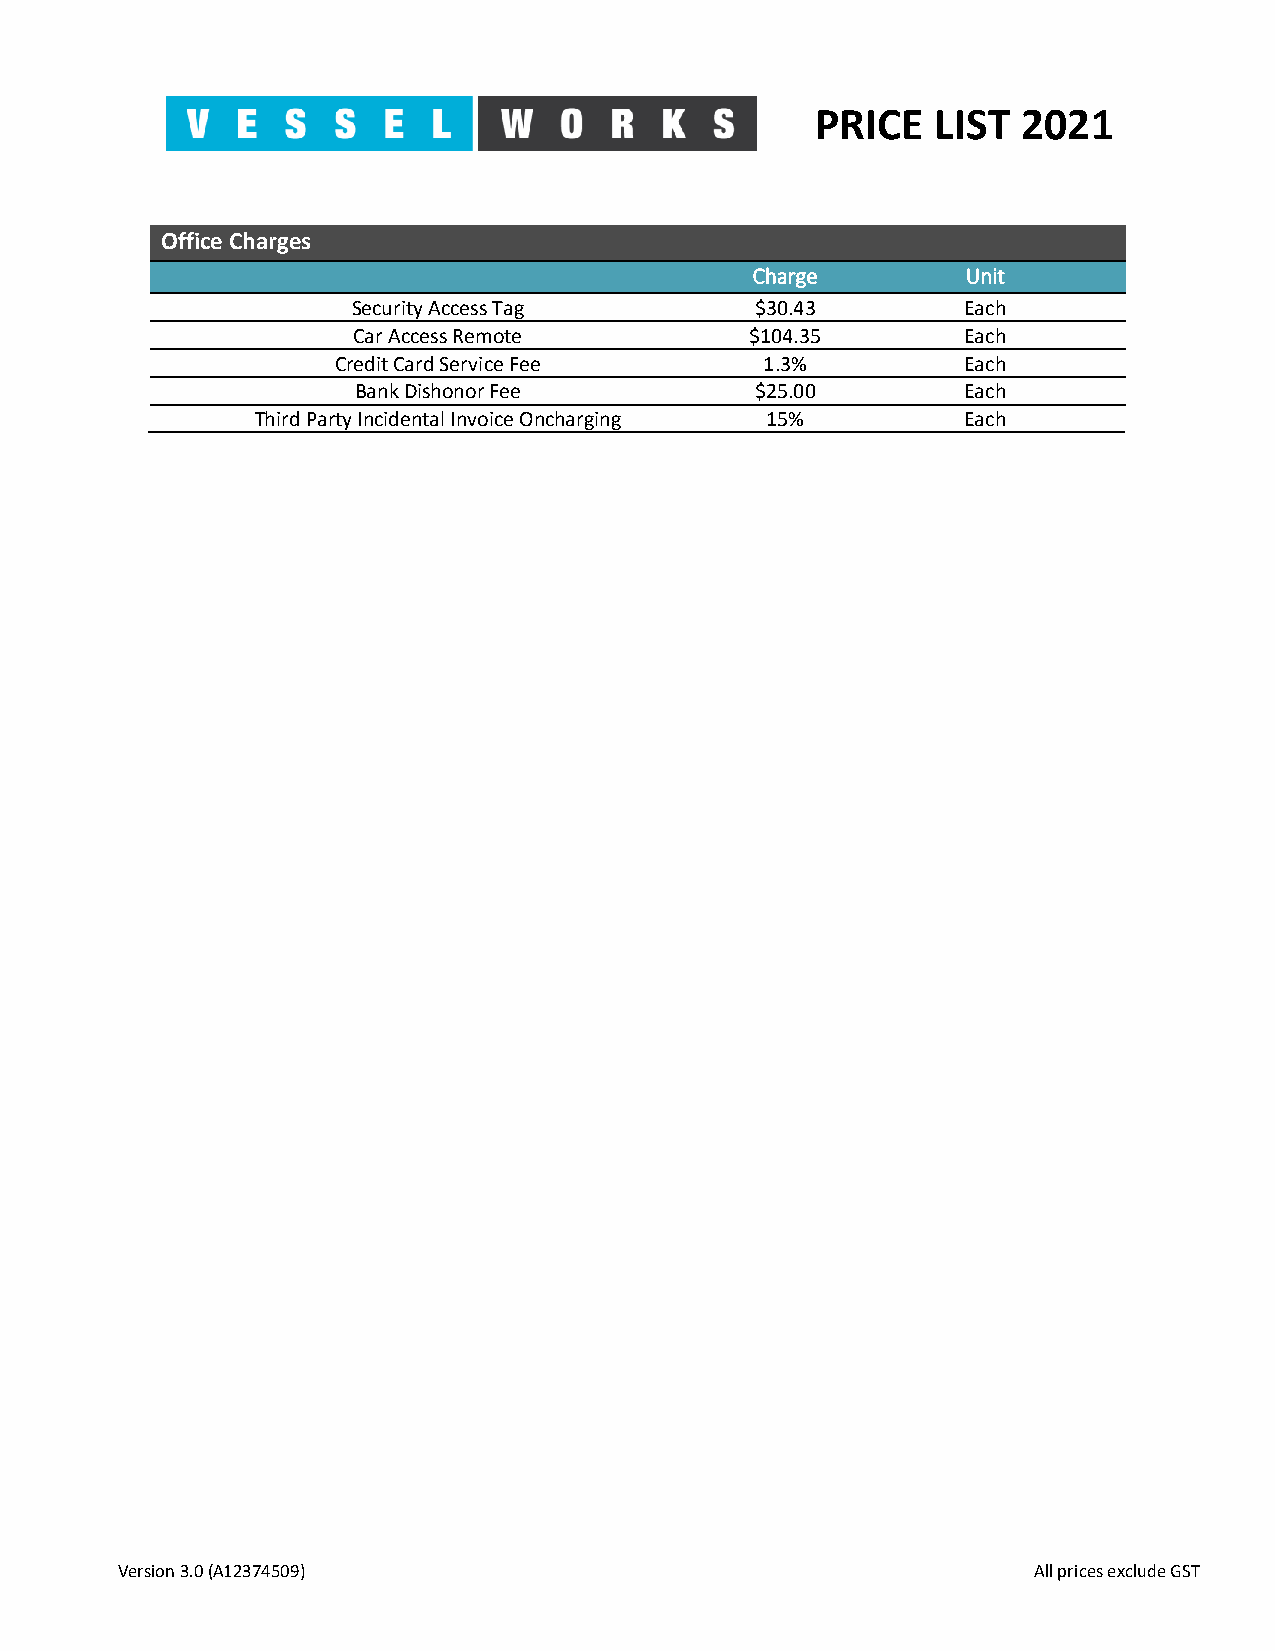
PRICE   LIST  2021
 Office Charges
 Charge        Unit
 Security Access Tag        $30.43        Each
 Car Access Remote          $104.35       Each
 Credit Card Service Fee      1.3%         Each
 Bank Dishonor Fee          $25.00        Each
 Third Party Incidental Invoice Oncharging 15%  Each
 Version 3.0 (A12374509)                                     All prices exclude GST